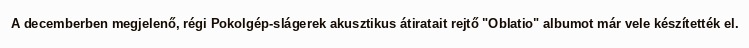
A decemberben megjelenő, régi Pokolgép-slágerek akusztikus átiratait rejtő "Oblatio" albumot már vele készítették el.